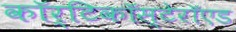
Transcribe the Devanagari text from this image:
कॉर्टिकॉस्टेरॉएड